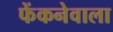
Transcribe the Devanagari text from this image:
फेंकनेवाला